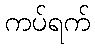
ကပ်ရက်